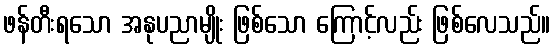
ဖန်တီးရသော အနုပညာမျိုး ဖြစ်သော ကြောင့်လည်း ဖြစ်လေသည်။